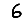
Digit: 6